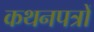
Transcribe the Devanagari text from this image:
कथनपत्रों